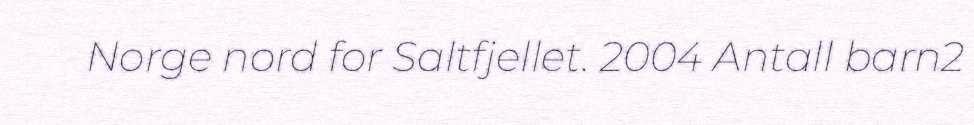
Norge nord for Saltfjellet. 2004 Antall barn2